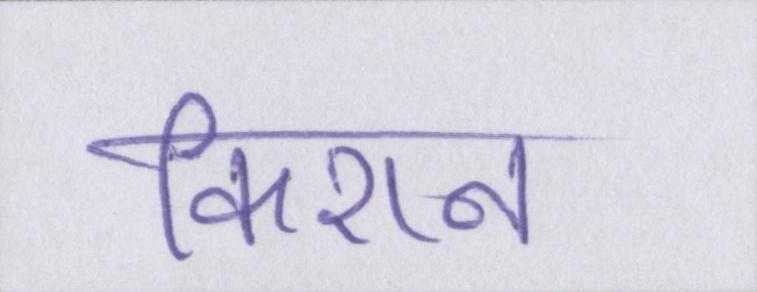
किशन